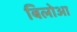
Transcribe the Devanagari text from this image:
बिलोआ